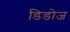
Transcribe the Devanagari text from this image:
डिडोज